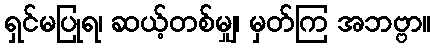
ရှင်မပြုရ၊ ဆယ့်တစ်မျှ၊ မှတ်ကြ အဘဗ္ဗာ။